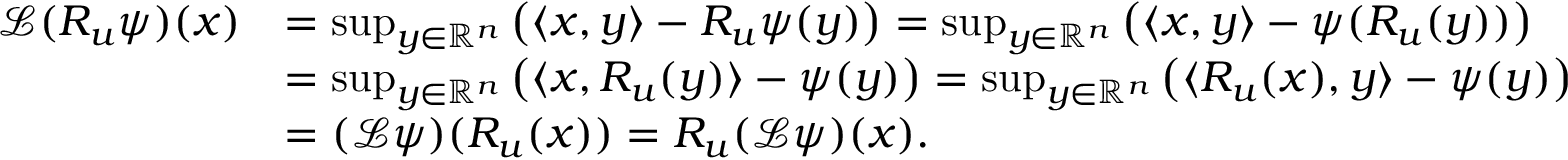
\begin{array} { r l } { \mathcal { L } ( R _ { u } \psi ) ( x ) } & { = \operatorname* { s u p } _ { y \in \mathbb { R } ^ { n } } \big ( \langle x , y \rangle - R _ { u } \psi ( y ) \big ) = \operatorname* { s u p } _ { y \in \mathbb { R } ^ { n } } \big ( \langle x , y \rangle - \psi ( R _ { u } ( y ) ) \big ) } \\ & { = \operatorname* { s u p } _ { y \in \mathbb { R } ^ { n } } \big ( \langle x , R _ { u } ( y ) \rangle - \psi ( y ) \big ) = \operatorname* { s u p } _ { y \in \mathbb { R } ^ { n } } \big ( \langle R _ { u } ( x ) , y \rangle - \psi ( y ) \big ) } \\ & { = ( \mathcal { L } \psi ) ( R _ { u } ( x ) ) = R _ { u } ( \mathcal { L } \psi ) ( x ) . } \end{array}